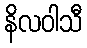
နိလဝါသီ